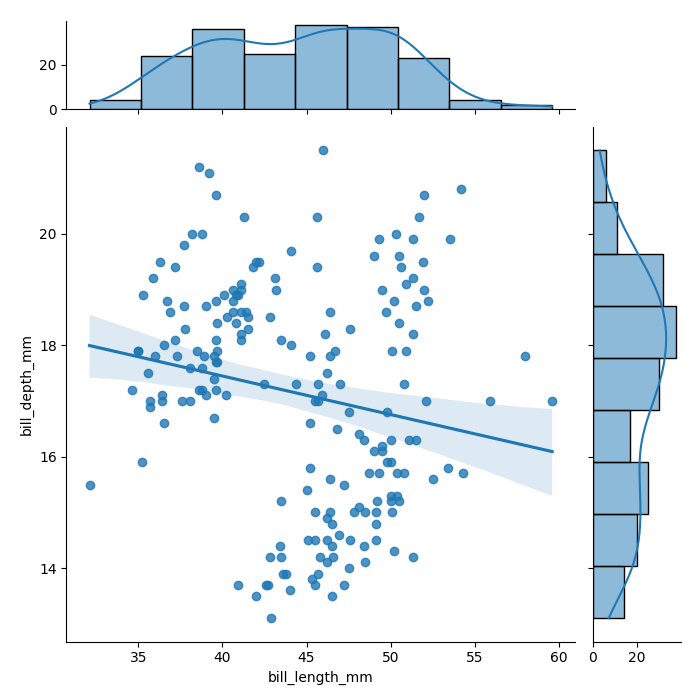
python, seaborn, jointplot, kind='reg', height='7', ratio='5', marginal_ticks='True'